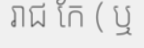
រាជ កែ ( ឬ